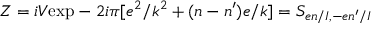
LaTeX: { \cal Z } = i V \mathrm { e x p } - 2 i \pi [ e ^ { 2 } / k ^ { 2 } + ( n - n ^ { \prime } ) e / k ] = S _ { e n / I , - e n ^ { \prime } / I }